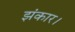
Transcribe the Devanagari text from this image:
झंकार।